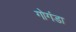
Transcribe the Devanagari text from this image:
गोगंडा